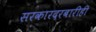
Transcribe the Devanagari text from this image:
सरकारदरबारीही